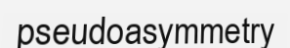
pseudoasymmetry